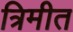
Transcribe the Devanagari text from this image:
त्रिमीत